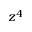
z ^ { 4 }